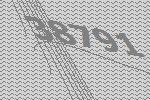
38791